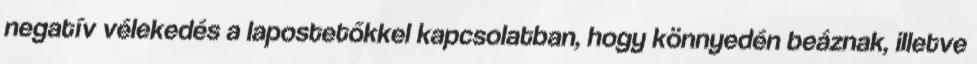
negatív vélekedés a lapostetőkkel kapcsolatban, hogy könnyedén beáznak, illetve